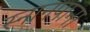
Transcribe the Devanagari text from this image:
स्नानपाना